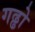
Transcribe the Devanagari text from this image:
गढ्ढो